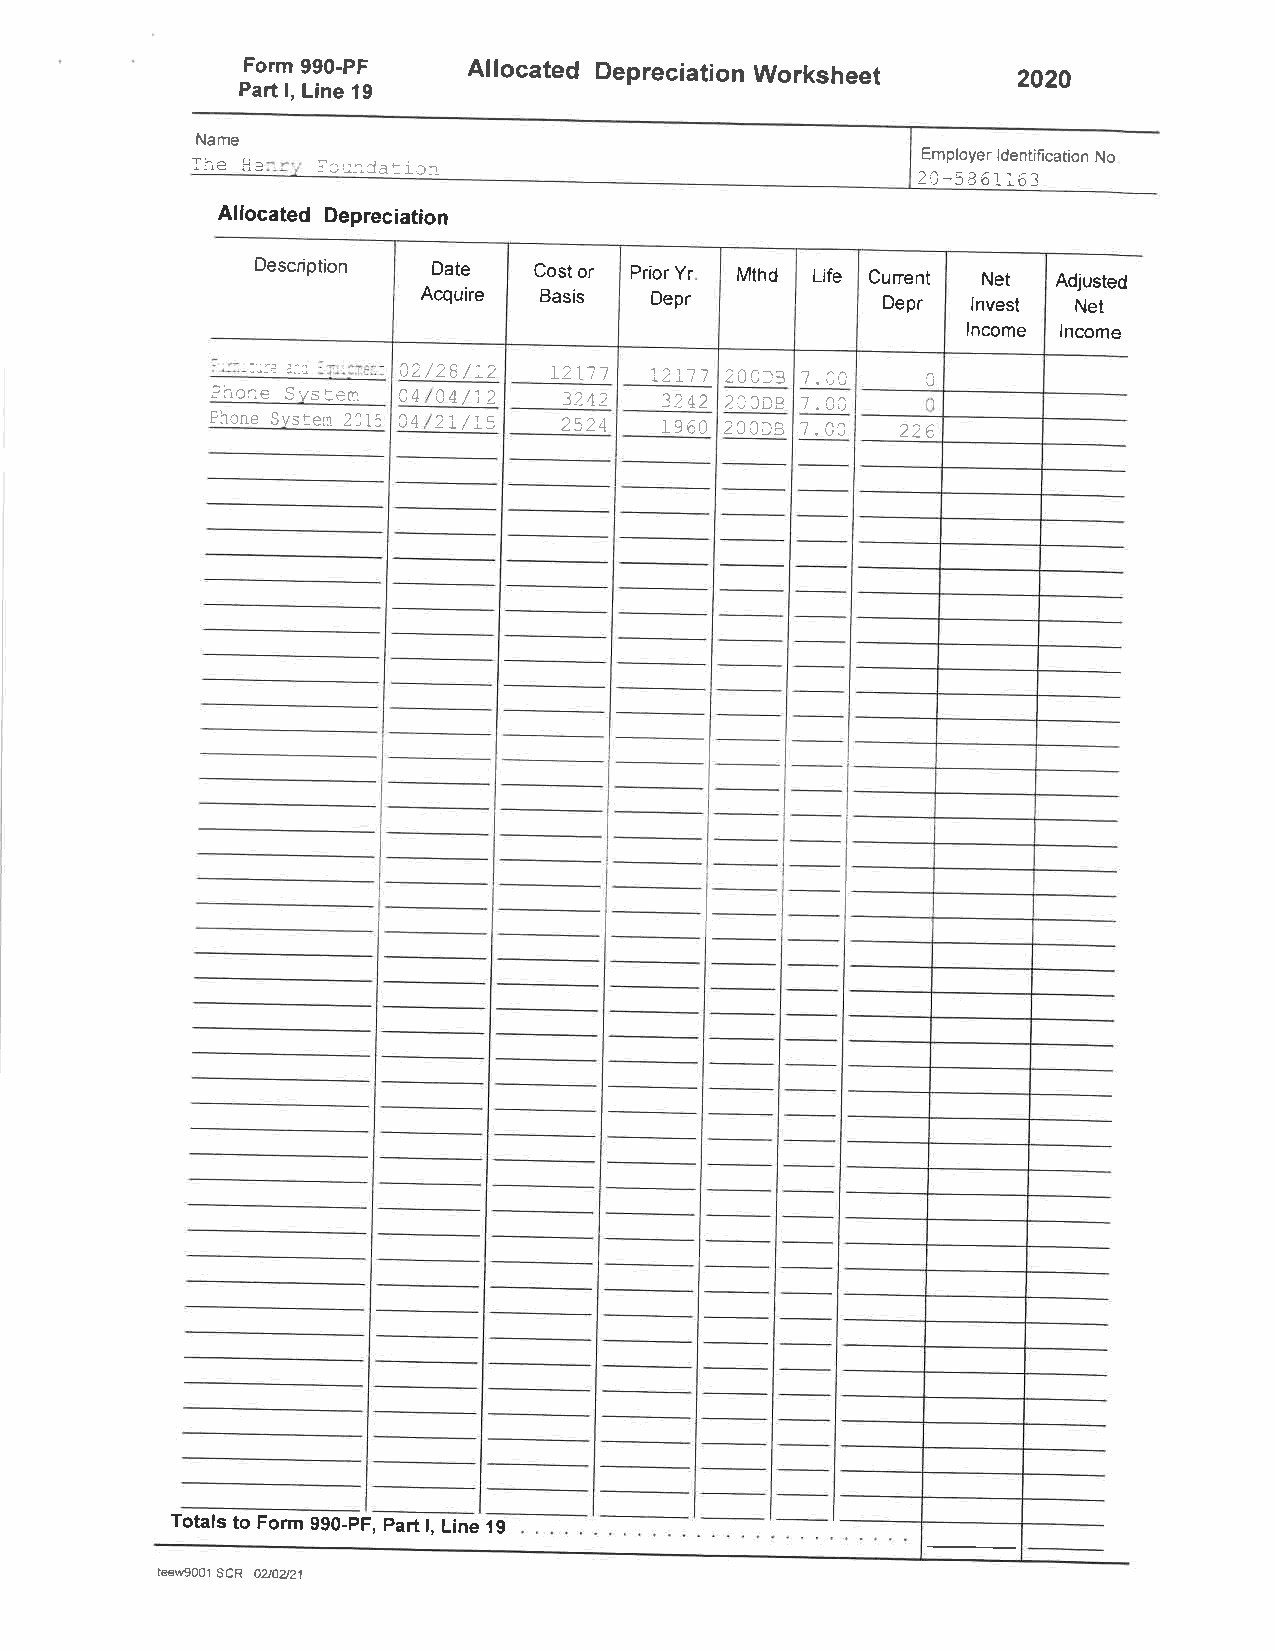
Form 990-PF    Allocated Depreciation Worksheet    2020
 Part l, Line 19
 Name
 Employer ldentification No
 -lr ,'^r!'-f,!r !Jd_lJll I ^-
 Zr-)d OlIo I
 Allocated Depreciation
 Description Date  Cost or Prior Yr Mthd Life Cunent Net Adjusted
 Acquire Basis  Depr            Depr lnvest Net
 lncome lncome
 c2/2e/\2  12L7 t 12Ll 200f3 t.a0
 1
 Fhcne Svstem AA a4/\2  3242   3242 23ODB
 Fhone Sitsteirr.2il ( a4 )1 /1tr atraA 19 60 zQJi5 226
 Totals to Form 990-pF, Part l, Line 19
 tew9001 SCR 020221